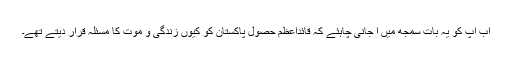
اب آپ کو یہ بات سمجھ میں آ جانی چاہئے کہ قائداعظم حصولِ پاکستان کو کیوں زندگی و موت کا مسئلہ قرار دیتے تھے۔